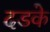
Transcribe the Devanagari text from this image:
दडके